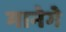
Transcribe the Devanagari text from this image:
मानेगे